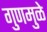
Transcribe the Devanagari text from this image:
गुणमुळे